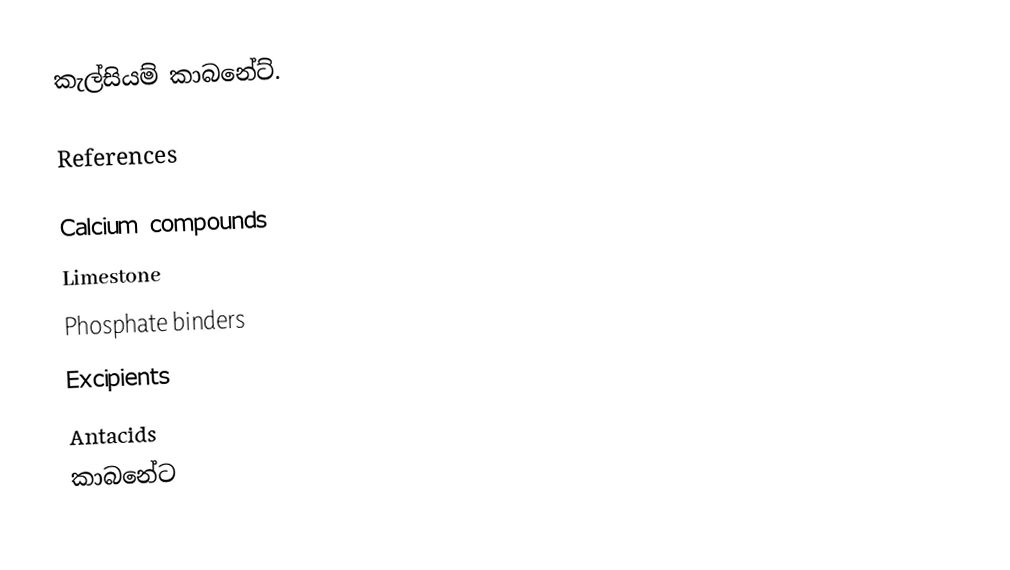
කැල්සියම් කාබනේට්.

References

Calcium compounds
Limestone
Phosphate binders
Excipients
Antacids
කාබනේට